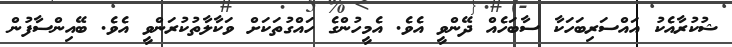
ޝުކުރާއެކު އައްސަރިބަހަކާ ސާބަހެއް ދޭންވީ އެވެ. އެމީހުންގެ ހައްގުތަކަށް ވަކާލާތުކުރަންވީ އެވެ. ބޭއިންސާފުން